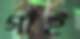
গাঁই